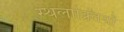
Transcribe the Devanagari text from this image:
स्थलाक्र्तियों